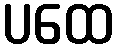
ပထေ